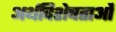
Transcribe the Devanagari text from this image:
अर्थविशेषताओं